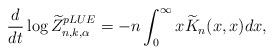
LaTeX: \begin{align*} \frac{d}{dt} \log \widetilde{Z}_{n,k,\alpha}^{pLUE} = -n \int_0^\infty x \widetilde{K}_n(x,x)dx,\end{align*}